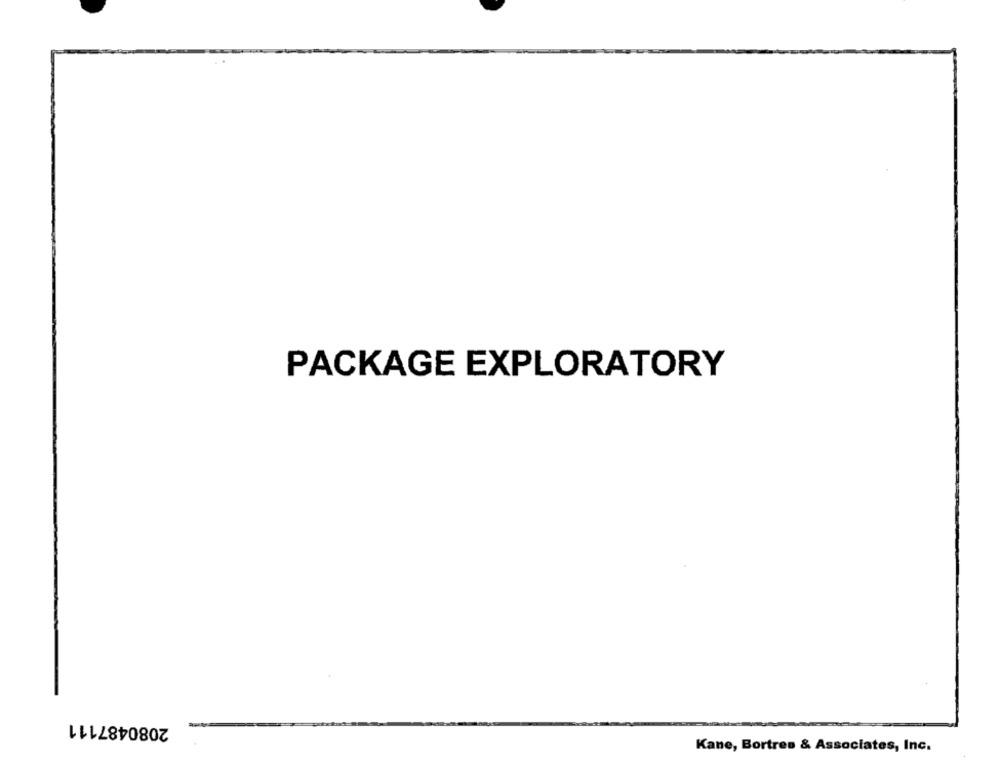
PACKAGE EXPLORATORY
2080487111
Kane, Bortres & Associates, Inc.